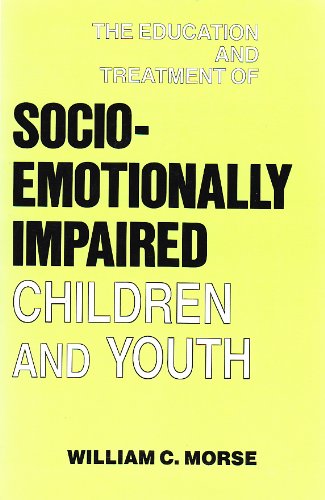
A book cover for The Education and Treatment of Socioemotionally Impaired Children; William C. Morse; Health, Fitness & Dieting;